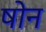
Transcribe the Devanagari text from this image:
षोन